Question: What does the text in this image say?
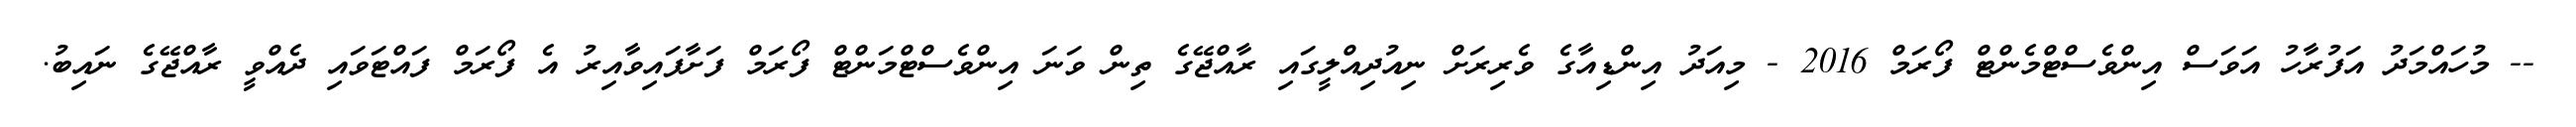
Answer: -- މުހައްމަދު އަފުރާހު އަވަސް އިންވެސްޓްމެންޓް ފޯރަމް 2016 - މިއަދު އިންޑިއާގެ ވެރިރަށް ނިއުދިއްލީގައި ރާއްޖޭގެ ތިން ވަނަ އިންވެސްޓްމަންޓް ފޯރަމް ފަށާފައިވާއިރު އެ ފޯރަމް ފައްޓަވައި ދެއްވީ ރާއްޖޭގެ ނައިބު.